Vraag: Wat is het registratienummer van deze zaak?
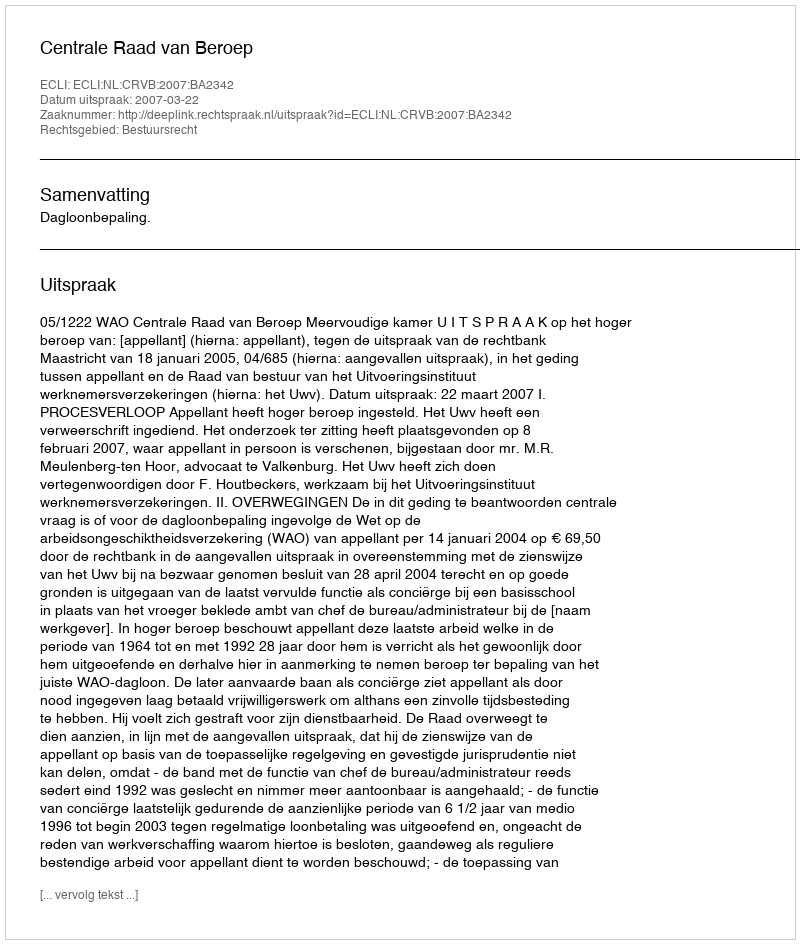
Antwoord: http://deeplink.rechtspraak.nl/uitspraak?id=ECLI:NL:CRVB:2007:BA2342